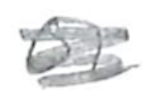
Text: or
Cross-out: scratch
Writing tool: pencil